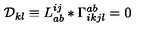
{ \cal D } _ { k l } \equiv L _ { a b } ^ { i j } * \Gamma _ { i k j l } ^ { a b } = 0